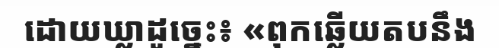
ដោយឃ្លាដូច្នេះ៖ «ពុកឆ្លើយតបនឹង